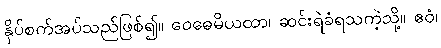
နှိပ်စက်အပ်သည်ဖြစ်၍။ ဝေဓေမိယထာ၊ ဆင်းရဲခံရသကဲ့သို့။ ဧဝံ၊